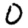
Digit: 0